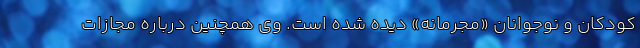
کودکان و نوجوانان «مجرمانه» دیده شده است. وی همچنین درباره مجازات